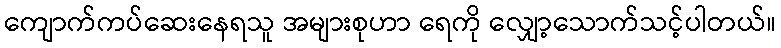
ကျောက်ကပ်ဆေးနေရသူ အများစုဟာ ရေကို လျှော့သောက်သင့်ပါတယ်။